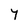
Character: Y